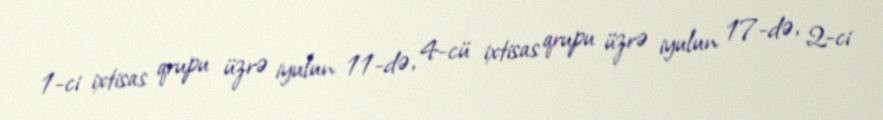
1-ci ixtisas qrupu üzrə iyulun 11-də, 4-cü ixtisas qrupu üzrə iyulun 17-də, 2-ci